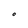
Character: O